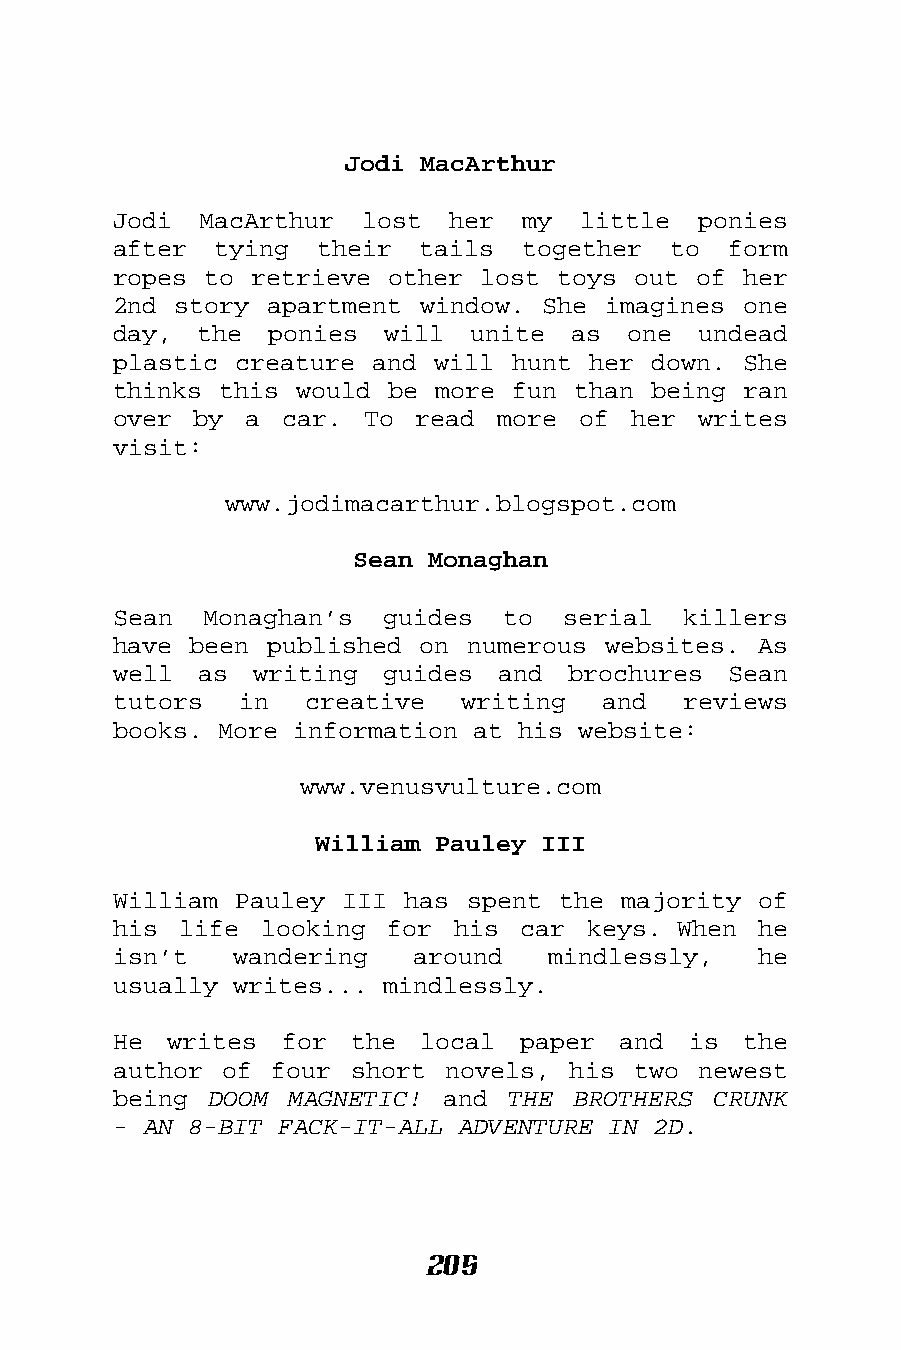
Jodi MacArthur
 Jodi  MacArthur lost  her  my  little  ponies
 after  tying their  tails  together  to  form
 ropes to retrieve other lost toys out of  her
 2nd story apartment window. She imagines  one
 day,  the ponies  will  unite as  one  undead
 plastic creature and will hunt her down.  She
 thinks this would be more fun than being  ran
 over by  a car.  To read more  of her  writes
 visit:
 www.jodimacarthur.blogspot.com
 Sean Monaghan
 Sean  Monaghan’s  guides  to  serial  killers
 have been published on numerous websites.  As
 well as  writing  guides and  brochures  Sean
 tutors  in   creative  writing  and   reviews
 books. More information at his website:
 www.venusvulture.com
 William Pauley III
 William Pauley III has spent the majority  of
 his life  looking for his  car keys. When  he
 isn’t   wandering   around   mindlessly,   he
 usually writes... mindlessly.
 He writes  for  the local  paper and  is  the
 author of four  short novels, his two  newest
 being DOOM MAGNETIC!  and THE BROTHERS  CRUNK
 - AN 8-BIT FACK-IT-ALL ADVENTURE IN 2D.
 205